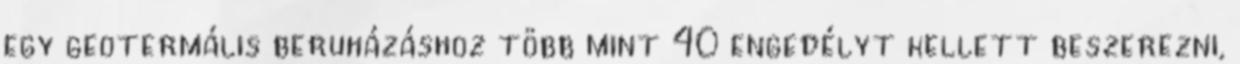
egy geotermális beruházáshoz több mint 40 engedélyt kellett beszerezni,